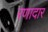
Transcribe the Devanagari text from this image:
रणादार